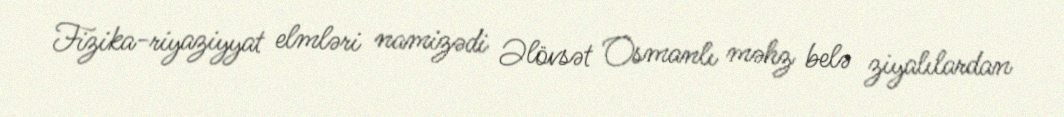
Fizika-riyaziyyat elmləri namizədi Əlövsət Osmanlı məhz belə ziyalılardan